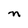
Character: n